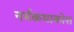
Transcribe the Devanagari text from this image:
नर्मकथाकोश